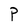
Character: P